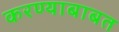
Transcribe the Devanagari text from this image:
करण्‍याबाबत